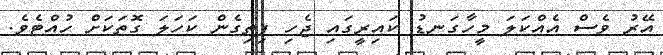
އޭރު ވެސް އެއްކަލަ މީހާގަނޑު ކައިރީގައި ޖެހި ފިތިގެން ކަހަލަ ގޮތަކަށް ހުއްޓެވެ.